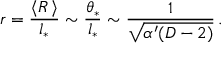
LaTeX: r = \frac { \langle R \, \rangle } { l _ { * } } \sim \frac { \theta _ { * } } { l _ { * } } \sim \frac { 1 } { \sqrt { \alpha ^ { \prime } ( D - 2 ) } } \, .